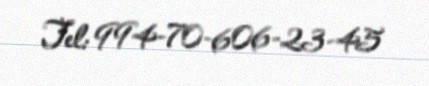
Tel: 994-70-606-23-45